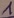
Text: 1